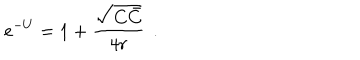
LaTeX: e ^ { - U } = 1 + { \frac { \sqrt { C \bar { C } } } { 4 r } } \, \ .